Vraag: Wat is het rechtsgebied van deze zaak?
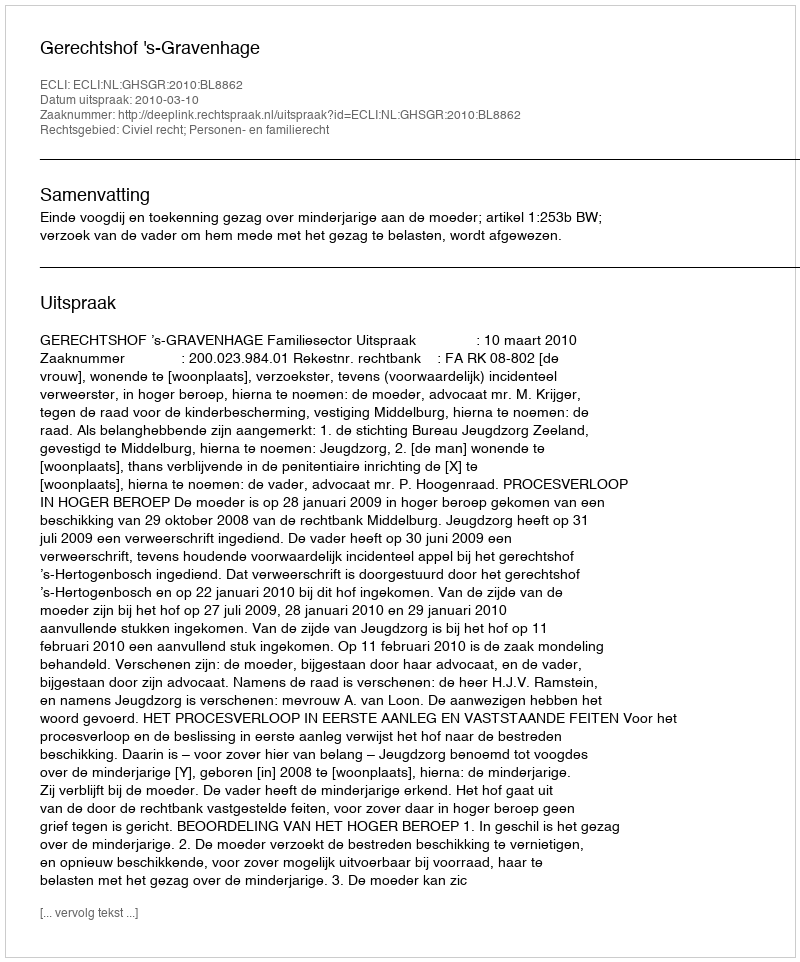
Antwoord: Civiel recht; Personen- en familierecht